Leaving Certificate Examination (including Day School Certificate (Higher) General paper), 1936
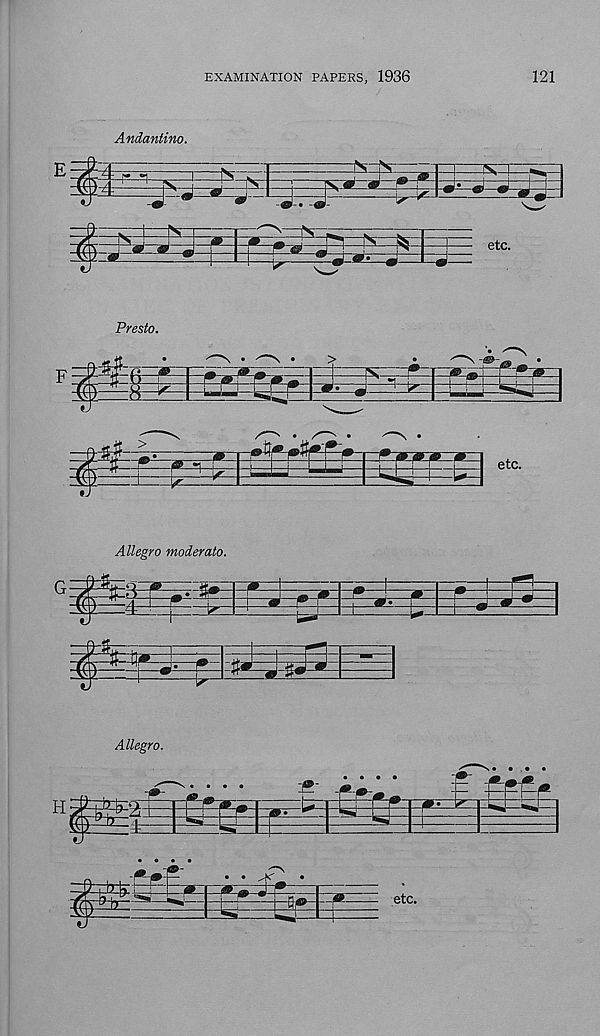
EXAMINATION PAPERS, 1936
121
Andantino.
E3S!
i
etc.
Presto.
m-rr-
•
>
3:
ii**** 1 >•
0*
etc.
S£—-jJ
k
Allegro moderato.
Allegro.
H